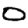
Digit: 0